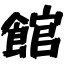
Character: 館